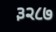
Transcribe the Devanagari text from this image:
३२८७